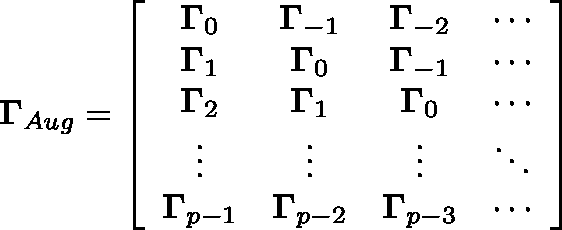
\mathbf { \Gamma } _ { A u g } = \left[ \begin{array} { c c c c } { \mathbf { \Gamma } _ { 0 } } & { \mathbf { \Gamma } _ { - 1 } } & { \mathbf { \Gamma } _ { - 2 } } & { \cdots } \\ { \mathbf { \Gamma } _ { 1 } } & { \mathbf { \Gamma } _ { 0 } } & { \mathbf { \Gamma } _ { - 1 } } & { \cdots } \\ { \mathbf { \Gamma } _ { 2 } } & { \mathbf { \Gamma } _ { 1 } } & { \mathbf { \Gamma } _ { 0 } } & { \cdots } \\ { \vdots } & { \vdots } & { \vdots } & { \ddots } \\ { \mathbf { \Gamma } _ { p - 1 } } & { \mathbf { \Gamma } _ { p - 2 } } & { \mathbf { \Gamma } _ { p - 3 } } & { \cdots } \end{array} \right]